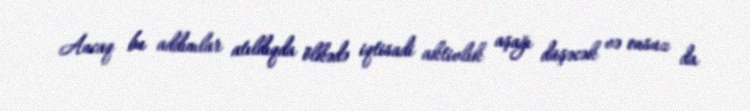
Ancaq bu addımlar atıldıqda ölkədə iqtisadi aktivlik aşağı düşəcək və onsuz da